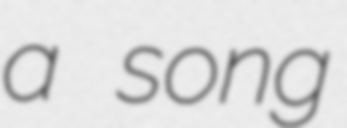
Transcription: a song